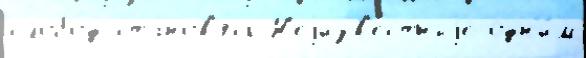
слобо́д станов'я́сь Н'еjизв'е́стныjе одн'и́м